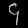
Digit: ၄